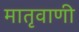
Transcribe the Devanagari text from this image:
मातृवाणी